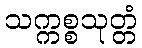
သက္ကစ္စသုတ္တံ